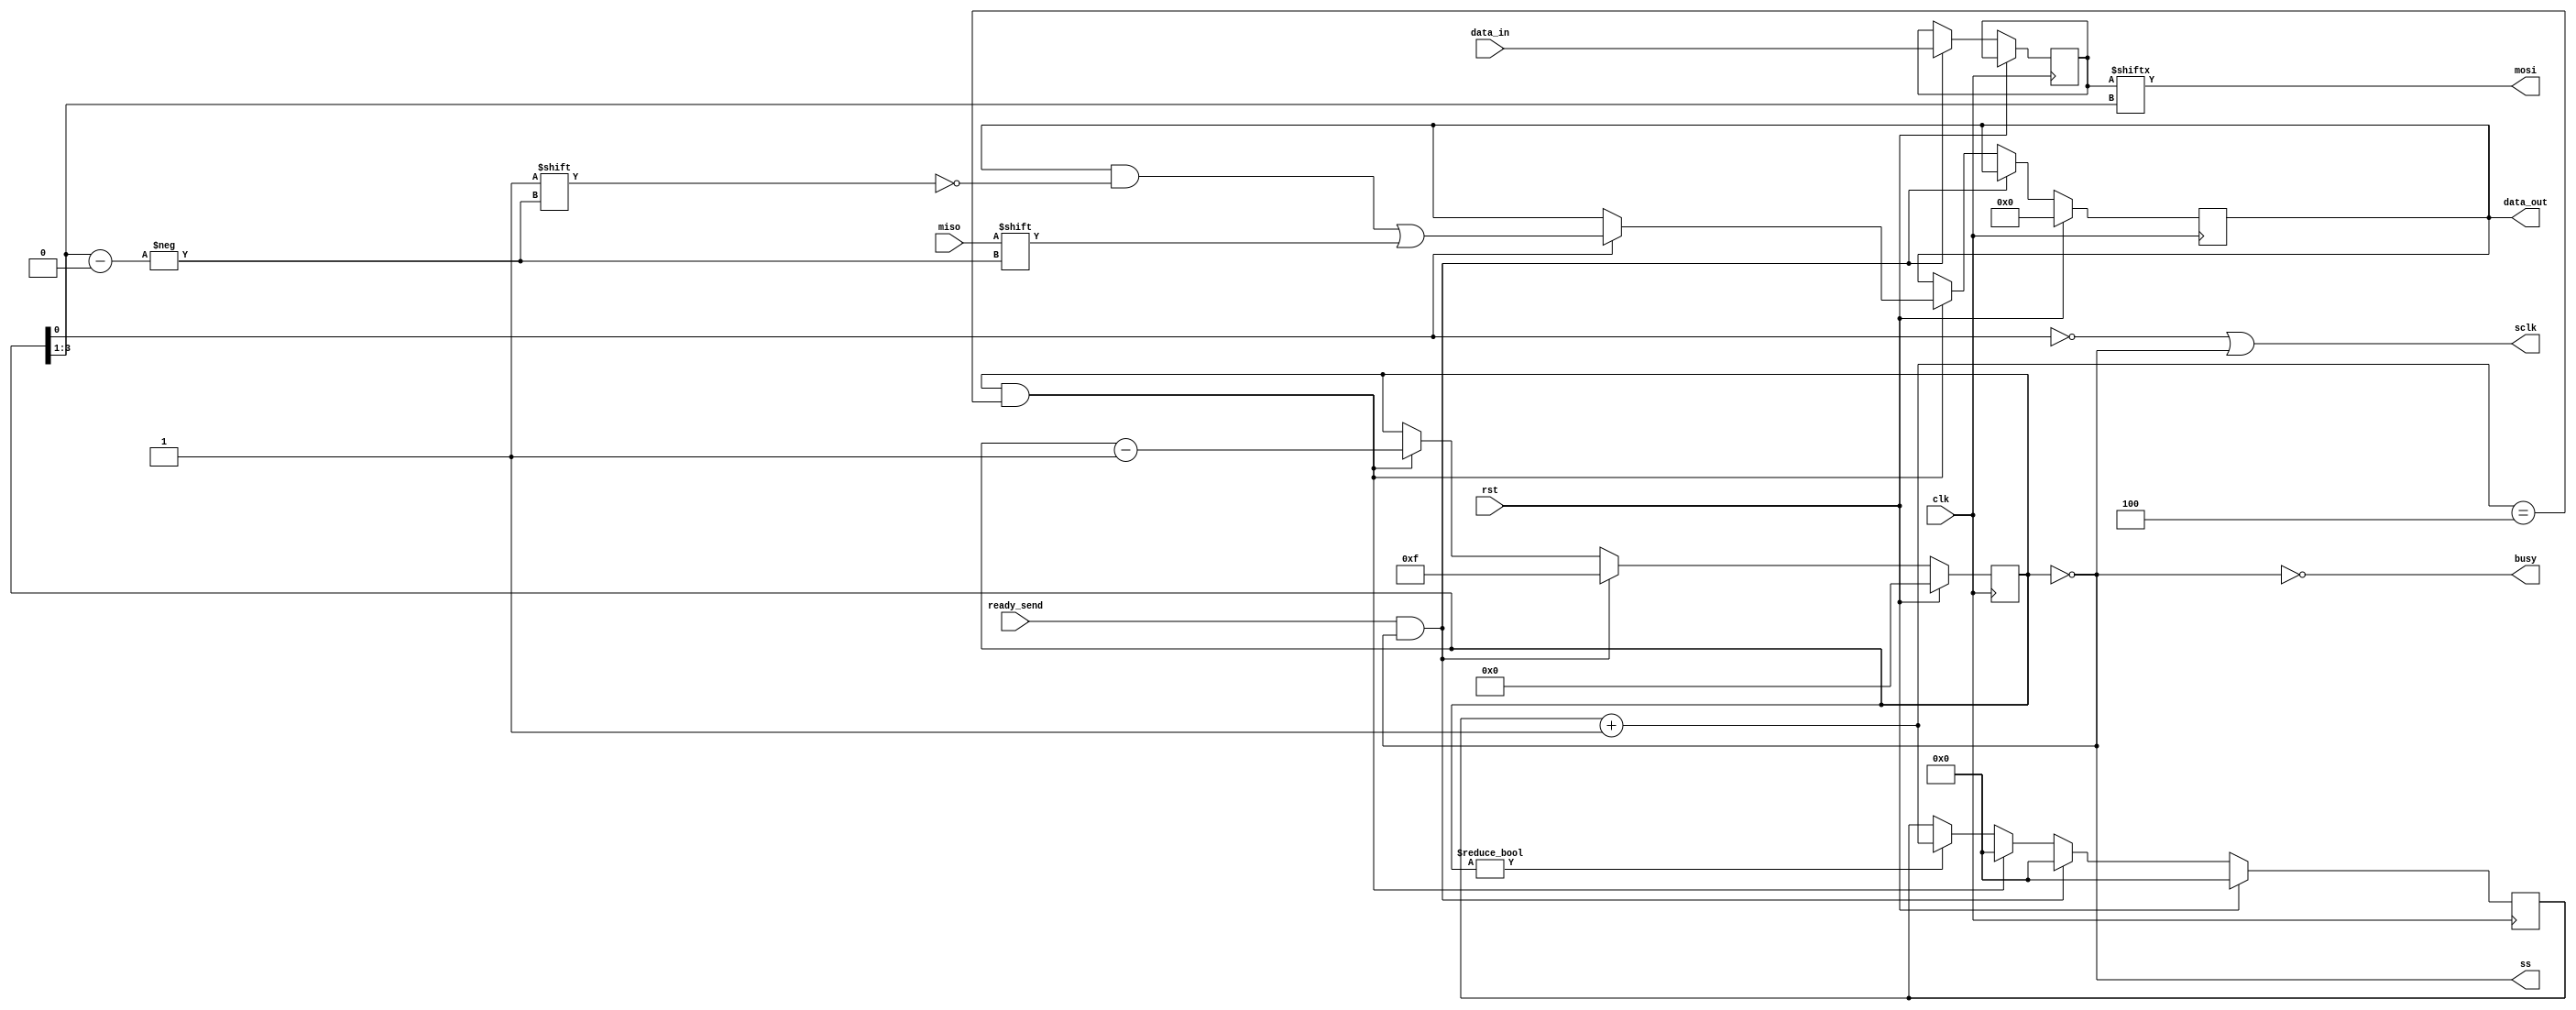
module spi_2 #(
    parameter clk_divisor=8    
)
(
    input           clk,        
    input           rst,        
    input     [7:0] data_in,    
    output reg[7:0] data_out,   
    input           ready_send, 
    output          busy,       
    input           miso,       
    output          mosi,       
    output          sclk,       
    output          ss          
);
reg[ 3:0] sctr;
reg[ 7:0] data_in_reg;
reg[31:0] ctr;
assign ss   = sctr == 0;
assign sclk = !sctr[0] || ss;
assign mosi = data_in_reg[sctr >> 1];
assign busy = !ss;
always @(posedge clk) begin
    if (rst) begin
        sctr        <= 0;
        ctr         <= 0;
        data_out    <= 0;
    end else if (ready_send && !sctr) begin
        data_in_reg <= data_in;
        sctr        <= 15;
        ctr         <= 0;
    end else if (sctr && ctr + 1 == clk_divisor >> 1) begin
        ctr <= 0;
        if (sctr[0])
            data_out[sctr >> 1] <= miso;
        sctr <= sctr - 1;
    end else if (sctr) begin
        ctr <= ctr + 1;
    end
end
endmodule